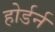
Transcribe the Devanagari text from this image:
होर्डर्न